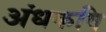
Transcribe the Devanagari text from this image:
अंधकवि